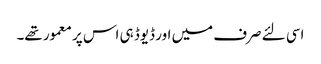
اسی لئے صرف میں اور ڈیوڈ ہی اس پر معمور تھے۔